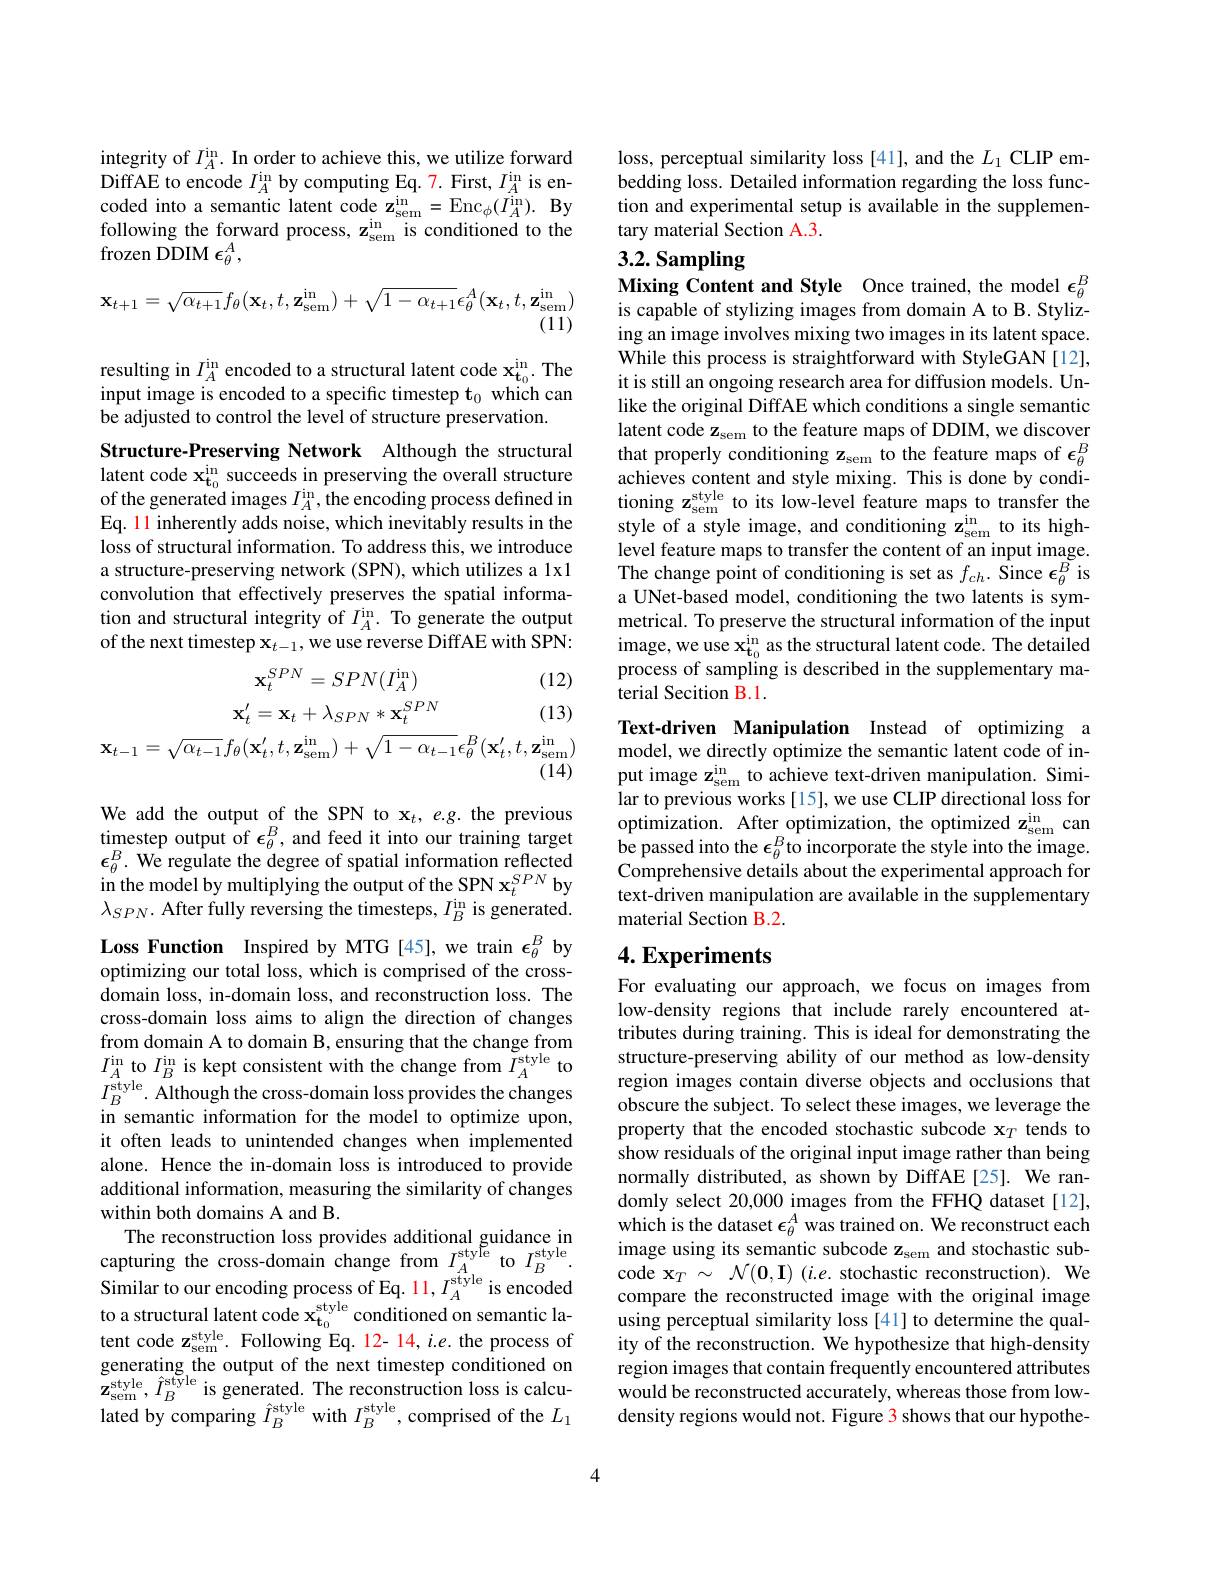
integrity of $I_A^\mathrm{in}.$ In order to achieve this, we utilize forward DiffAE to encode $I_A^\mathrm{in}$ by computing Eq. 7. First, $I_A^\mathrm{in}$ is en- $\begin{array}{l}\text{coded into a semantic latent code z}_{\mathrm{sem}}^{\mathrm{in}}=\mathrm{Enc}_{\phi}(I_{A}^{\mathrm{in}}).&\mathrm{By}\\\text{following the forward process, z}_{\mathrm{sem}}^{\mathrm{in}}\mathrm{~is~conditioned~to~the}\end{array}$ frozen DDIM $\epsilon_\theta^A$,
$$\mathbf{x}_{t+1}=\sqrt{\alpha_{t+1}}f_{\theta}(\mathbf{x}_{t},t,\mathbf{z}_{\mathrm{sem}}^{\mathrm{in}})+\sqrt{1-\alpha_{t+1}}\epsilon_{\theta}^{A}(\mathbf{x}_{t},t,\mathbf{z}_{\mathrm{sem}}^{\mathrm{in}})\\(11)$$
resulting in $I_A^\mathrm{in}$ encoded to a structural latent code $\mathbf{x}_{\mathbf{t}_0}^\mathrm{in}.$ The input image is encoded to a specific timestep $\mathbf{t}_0$ which can be adjusted to control the level of structure preservation.

Structure-Preserving Network Although the structural latent code $\mathbf{x_{t_{0}}^\mathrm{in}}$ succeeds in preserving the overall structure of the generated images $I_A^\mathrm{in}$, the encoding process defined in Eq. 11 inherently adds noise, which inevitably results in the loss of structural information. To address this, we introduce a structure-preserving network (SPN), which utilizes a 1x1 convolution that effectively preserves the spatial information and structural integrity of $I_A^\mathrm{in}.$ To generate the output of the next timestep $\mathbf{x}_t-1$,we use reverse DiffAE with SPN:
$$\mathbf{x}_{t}^{SPN}=SPN(I_{A}^{\mathrm{in}})(12)\\\mathbf{x}_{t}^{\prime}=\mathbf{x}_{t}+\lambda_{SPN}*\mathbf{x}_{t}^{SPN}(13)\\\mathbf{x}_{t-1}=\sqrt{\alpha_{t-1}}f_{\theta}(\mathbf{x}_{t}^{\prime},t,\mathbf{z}_{\mathrm{sem}}^{\mathrm{in}})+\sqrt{1-\alpha_{t-1}}\epsilon_{\theta}^{B}(\mathbf{x}_{t}^{\prime},t,\mathbf{z}_{\mathrm{sem}}^{\mathrm{in}})\\(14)$$
We add the output of the SPN to x$_t,e.g.$ the previous timestep output of $\epsilon_\theta^B$, and feed it into our training target $\epsilon _{\theta }^{B}.$ We regulate the degree of spatial information reflected in the model by multiplying the output of the SPN $x_{t}^{SPN}$ by $\lambda_{SPN}.$ After fully reversing the timesteps, $I_B^\mathrm{in}$ is generated.

Loss Function Inspired by MTG[45],we train $\epsilon_{\theta}^{B}$ by optimizing our total loss, which is comprised of the crossdomain loss, in-domain loss, and reconstruction loss. The cross-domain loss aims to align the direction of changes from domain A to domain B, ensuring that the change from $I_{A}^{\mathrm{in}}$ to $I_B^\mathrm{in}$ is kept consistent with the change from $I_A^\mathrm{style}$ to $I_{B}^{\mathrm{style}}.$ Although the cross-domain loss provides the changes in semantic information for the model to optimize upon, it often leads to unintended changes when implemented alone. Hence the in-domain loss is introduced to provide additional information, measuring the similarity of changes within both domains A and B.
The reconstruction loss provides additional guidance in capturing the cross-domain change from $I_A^\mathrm{style}$ to$I_B^\mathrm{style}.$ $\text{Similar to our encoding process of Eq. 11, I}_{A}^{{\mathrm{style}}}$is encoded to a structural latent code $\mathbf{x} _{{\mathrm{t} _{0}}}^{{\mathrm{style}}}$conditioned on semantic la- $\text{tent code z}_{{\mathrm{sem}}}^{{\mathrm{style}}}\cdot$ Following Eq. 12- 14, i. e. the process of generating the output of the next timestep conditioned on $\mathbf{z}_{\mathrm{sem}}^{\mathrm{style}},\hat{I}_{B}^{\mathrm{style}}$ is generated. The reconstruction loss is calculated by comparing $\hat{I}_{B}^{\mathrm{style}}$ with $I_{B}^{\mathrm{style}}$,comprised of the $L_{1}$

loss, perceptual similarity loss [41], and the $L_{1}$ CLIP embedding loss. Detailed information regarding the loss function and experimental setup is available in the supplementary material Section A.3.

## 3.2. Sampling
Mixing Content and Style Once trained, the model $\epsilon_\theta^B$

is capable of stylizing images from domain A to B. Stylizing an image involves mixing two images in its latent space. While this process is straightforward with StyleGAN[12], it is still an ongoing research area for diffusion models. Unlike the original DiffAE which conditions a single semantic latent code z$_\mathrm{sem}$ to the feature maps of DDIM, we discover that properly conditioning z$_\mathrm{sem}$ to the feature maps of $\epsilon_\theta^B$ achieves content and style mixing. This is done by conditioning $\mathbf{z}_\mathrm{sem}^{\mathrm{style}}$ to its low-level feature maps to transfer the style of a style image, and conditioning z$_\mathrm{sem}^\mathrm{in}$ to its highlevel feature maps to transfer the content of an input image. The change point of conditioning is set as $f_{ch}.$ Since $\epsilon_{\theta}^{\tilde{B}}$ is a UNet-based model, conditioning the two latents is symmetrical. To preserve the structural information of the input image, we use $\mathbf{x_{t_{0}}^\mathrm{in}}$ as the structural latent code. The detailed process of sampling is described in the supplementary material Secition B.1.

Text-driven Manipulation Instead of optimizing a model, we directly optimize the semantic latent code of input image z$_\mathrm{sem}^\mathrm{in}$ to achieve text-driven manipulation. Similar to previous works [15], we use CLIP directional loss for optimization. After optimization, the optimized $z_{sem}^{in}$ can be passed into the $\epsilon_\theta^B$to incorporate the style into the image. Comprehensive details about the experimental approach for text-driven manipulation are available in the supplementary material Section B.2.

## $4. \textbf{Experiments}$

For evaluating our approach, we focus on images from low-density regions that include rarely encountered attributes during training. This is ideal for demonstrating the structure-preserving ability of our method as low-density region images contain diverse objects and occlusions that obscure the subject. To select these images, we leverage the property that the encoded stochastic subcode x$_T$ tends to show residuals of the original input image rather than being normally distributed, as shown by DiffAE[25]. We randomly select 20,000 images from the FFHQ dataset[12], which is the dataset $\epsilon_\theta^A$ was trained on. We reconstruct each image using its semantic subcode z$_\mathrm{sem}$ and stochastic subcode $\mathbf{x}_T\sim{\mathcal{N}}(\mathbf{0},\mathbf{I})$ (i.e. stochastic reconstruction). We compare the reconstructed image with the original image using perceptual similarity loss [41] to determine the quality of the reconstruction. We hypothesize that high-density region images that contain frequently encountered attributes would be reconstructed accurately, whereas those from lowdensity regions would not. Figure 3 shows that our hypothe-